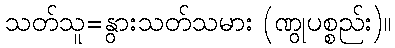
သတ်သူ=နွားသတ်သမား (ဏွုပစ္စည်း)။